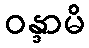
ဝန္ဒာမိ